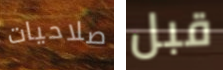
صلاحيات قبل